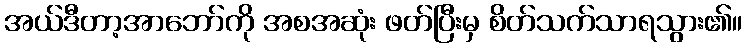
အယ်ဒီတာ့အာဘော်ကို အစအဆုံး ဖတ်ပြီးမှ စိတ်သက်သာရသွား၏။